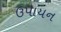
ઉપાયન